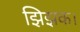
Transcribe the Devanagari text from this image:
झिझक।